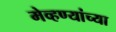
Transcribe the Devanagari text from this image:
मेव्हण्यांच्या